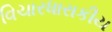
વિચારધારાકીય